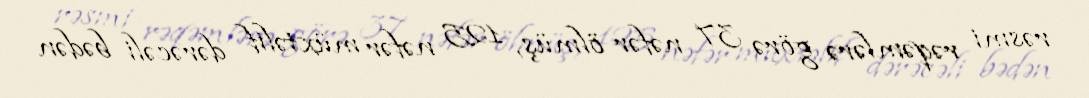
rəsmi rəqəmlərə görə 37 nəfər ölmüş, 125 nəfər müxtəlif dərəcəli bədən